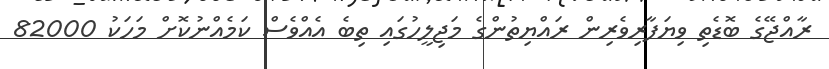
ރާއްޖޭގެ ބޮޑެތި ވިޔަފާރިވެރިން ރައްޔިތުންގެ މަޖިލީހުގައި ތިބެ އެއްވެސް ކަމެއްނުކޮށް މަހަކު 82000